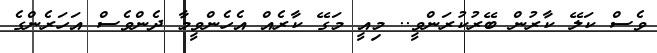
ވެސް ކަލޭ ކާރުން ބޭރުކުރަންވީ.. މިއީ މަގޭ ކާރެއް އެހެންވީމާ ދެންވެސް އަހަރެންގެ